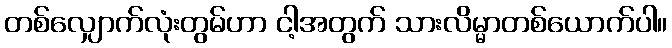
တစ်လျှောက်လုံးတွမ်ဟာ ငါ့အတွက် သားလိမ္မာတစ်ယောက်ပါ။